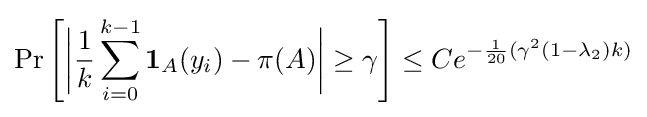
\Pr \left[{\bigg |}{\frac {1}{k}}\sum _{i=0}^{k-1}\mathbf {1} _{A}(y_{i})-\pi (A){\bigg |}\geq \gamma \right]\leq Ce^{-{\frac {1}{20}}(\gamma ^{2}(1-\lambda _{2})k)}